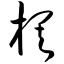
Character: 棋